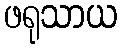
ဖရုသာယ